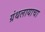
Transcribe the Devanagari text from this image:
ग्रंथलायाचा